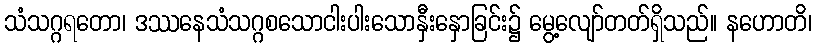
သံသဂ္ဂရတော၊ ဒဿနေသံသဂ္ဂစသောငါးပါးသောနှီးနှောခြင်း၌ မွေ့လျော်တတ်ရှိသည်။ နဟောတိ၊